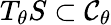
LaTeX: T_{\theta}S\subset{\mathcal{C}}_{\theta}